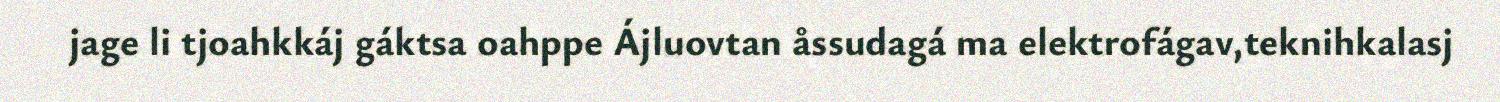
jage li tjoahkkáj gáktsa oahppe Ájluovtan åssudagá ma elektrofágav,teknihkalasj